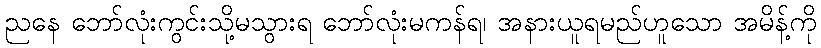
ညနေ ဘော်လုံးကွင်းသို့မသွားရ ဘော်လုံးမကန်ရ၊ အနားယူရမည်ဟူသော အမိန့်ကို